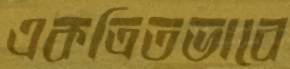
একত্রিতভাবে